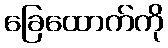
ခြေထောက်ကို